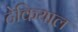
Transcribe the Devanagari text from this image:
टेकियाल